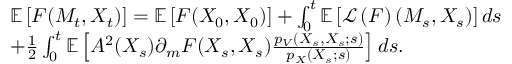
\begin{array} { r l } & { { \mathbb E } \left[ F ( M _ { t } , X _ { t } ) \right] = { \mathbb E } \left[ F ( X _ { 0 } , X _ { 0 } ) \right] + \int _ { 0 } ^ { t } { \mathbb E } \left[ { \mathcal L } \left( F \right) ( M _ { s } , X _ { s } ) \right] d s } \\ & { + \frac { 1 } { 2 } \int _ { 0 } ^ { t } { \mathbb E } \left[ A ^ { 2 } ( X _ { s } ) \partial _ { m } F ( X _ { s } , { X _ { s } } ) \frac { p _ { V } ( X _ { s } , { X _ { s } } ; s ) } { p _ { X } ( X _ { s } ; s ) } \right] d s . } \end{array}